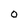
Character: 0